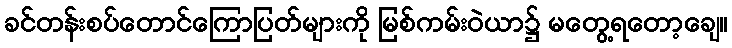
ခင်တန်းစပ်တောင်ကြောပြတ်များကို မြစ်ကမ်းဝဲယာ၌ မတွေ့ရတော့ချေ။